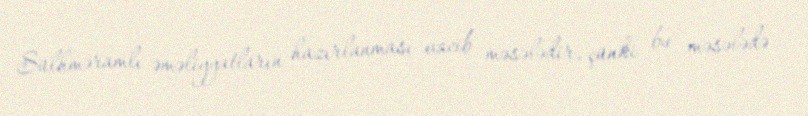
Sülhməramlı əməliyyatların hazırlanması vacib məsələdir, çünki bu məsələdə